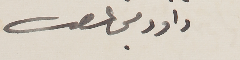
داود مجاعص